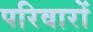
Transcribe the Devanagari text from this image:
परिवारों